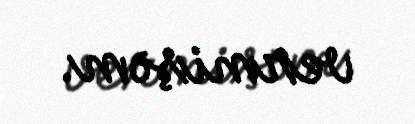
vermişəm.